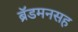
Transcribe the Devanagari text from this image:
ब्रॅडमनसह